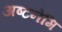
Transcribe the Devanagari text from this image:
अष्टनेमि